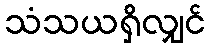
သံသယရှိလျှင်